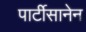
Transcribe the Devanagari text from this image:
पार्टीसानेन